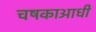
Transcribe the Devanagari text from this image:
चषकाआधी